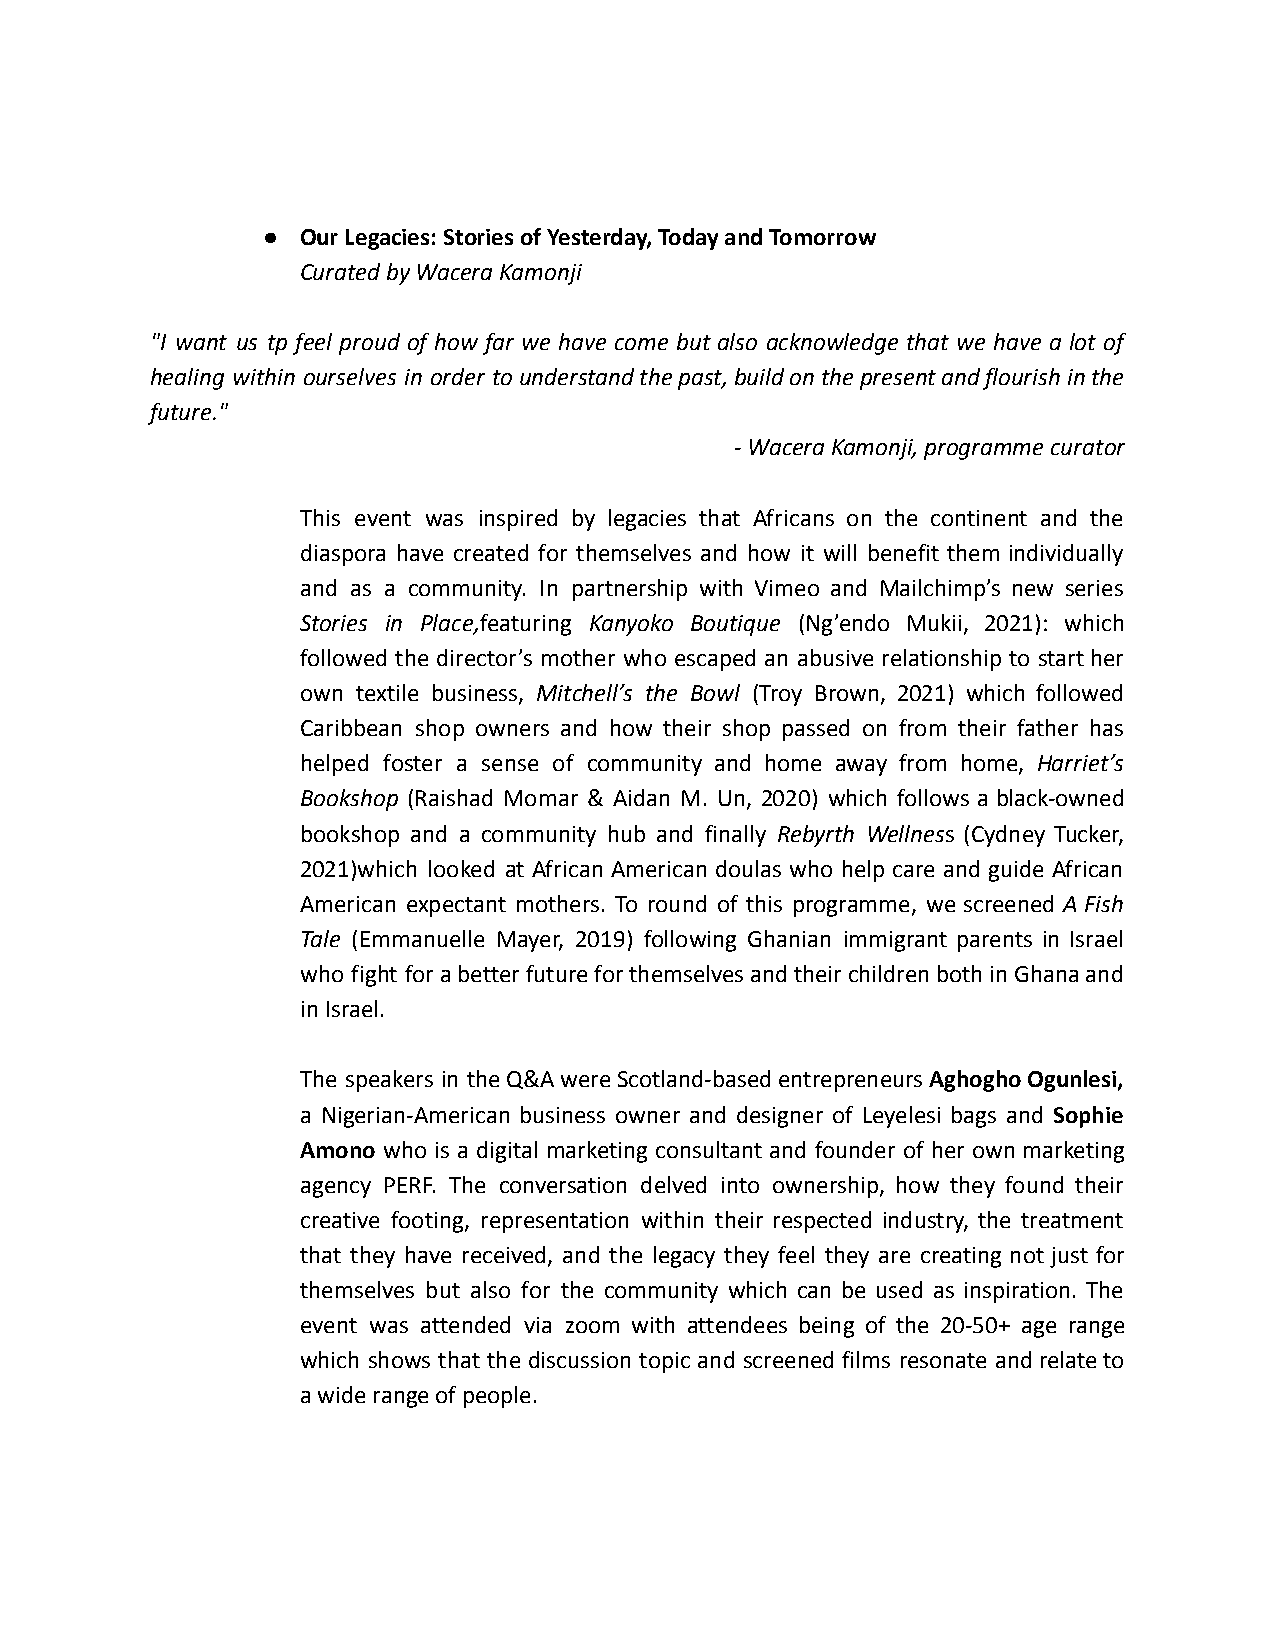
●  Our Legacies: Stories of Yesterday, Today and Tomorrow
 Curated by Wacera Kamonji
 "I want us tp feel proud of how far we have come but also acknowledge that we have a lot of
 healing within ourselves in order tounderstandthepast,buildonthepresentandflourishinthe
 future."
 - Wacera Kamonji, programme curator
 This event was inspired by legacies that Africans on the continent and the
 diaspora have created for themselves and how it will benefit them individually
 and as a community. In partnership with Vimeo and Mailchimp’s new series
 Stories in Place,featuring Kanyoko Boutique (Ng’endo Mukii, 2021): which
 followed the director’s mother who escaped an abusive relationship to starther
 own textile business, Mitchell’s the Bowl (Troy Brown, 2021) which followed
 Caribbean shop owners and how their shop passed on from their father has
 helped foster a sense of community and home away from home, Harriet’s
 Bookshop (Raishad Momar & Aidan M. Un, 2020) which follows a black-owned
 bookshop and a community hub and finally Rebyrth Wellness (Cydney Tucker,
 2021)which looked at African American doulas who help care and guide African
 American expectant mothers. To round of this programme, we screened A Fish
 Tale (Emmanuelle Mayer, 2019) following Ghanian immigrant parents in Israel
 who fight forabetterfutureforthemselvesandtheirchildrenbothinGhanaand
 in Israel.
 The speakers in theQ&AwereScotland-basedentrepreneursAghoghoOgunlesi,
 a Nigerian-American business owner and designer of Leyelesi bags and Sophie
 Amono who is a digital marketing consultant and founder of her ownmarketing
 agency PERF. The conversation delved into ownership, how they found their
 creative footing, representation within their respected industry, the treatment
 that they have received, and the legacy they feel they are creating not just for
 themselves but also for the community which can be used as inspiration. The
 event was attended via zoom with attendees being of the 20-50+ age range
 which shows that the discussion topic and screened films resonate andrelateto
 a wide range of people.